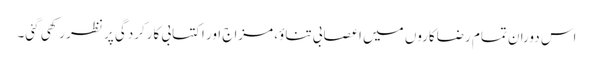
اس دوران تمام رضاکاروں میں اعصابی تناؤ، مزاج اور اکتسابی کارکردگی پر نظر رکھی گئی۔